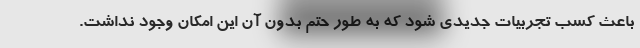
باعث کسب تجربیات جدیدی شود که به طور حتم بدون آن این امکان وجود نداشت.